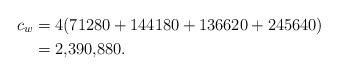
LaTeX: \begin{align*}c_w &= 4(71280+144180+136620+245640)\\ &= 2,\!390,\!880.\end{align*}